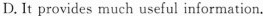
D.It provides much useful information.